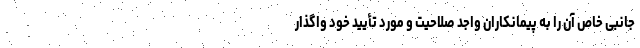
جانبی خاص آن را به پیمانکاران واجد صلاحیت و مورد تأیید خود واگذار